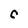
Character: C